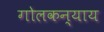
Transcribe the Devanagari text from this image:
गोलकन्याय